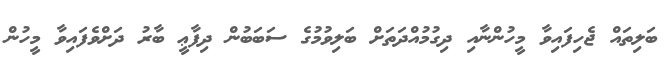
ބަލިތައް ޖެހިފައިވާ މީހުންނާއި ދިގުމުއްދަތަށް ބަލިވުމުގެ ސަބަބުން ދިފާޢީ ބާރު ދަށްވެފައިވާ މީހުން